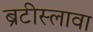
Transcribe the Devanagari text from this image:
ब्रटीस्लावा